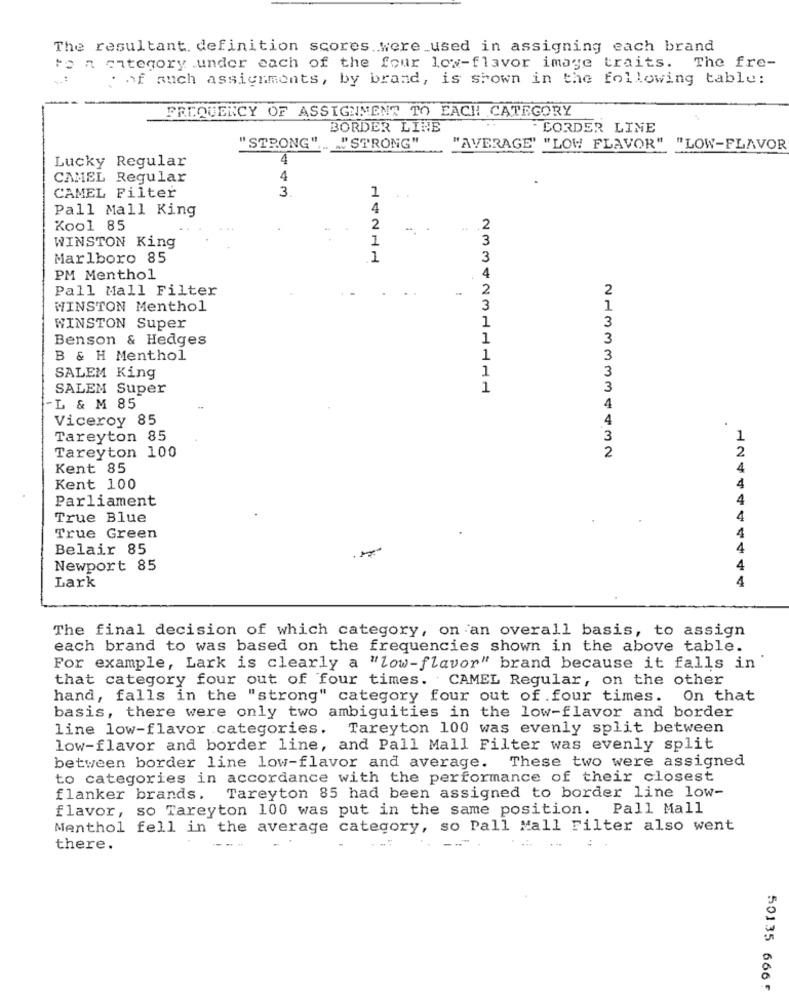
The resultant. definition scores were used in assigning each brand
to a category under each of the four low-flavor image traits. The fre-
*of such assignments, by brand, is shown in the following table:
FREQUENCY OF ASSIGNMENT TO EACH CATEGORY
BORDER LINE
BORDER LINE
"STRONG",
L'STRONG"
"AVERAGE' "LOW FLAVOR"
"LOW-FLAVOR
Lucky Regular
4
CAMEL Regular
4
CAMEL Filter
3
1
Pall Mall King
4
Kool 85
2
-.
2
1
3
WINSTON King
Marlboro 85
1
3
PM Menthol
Pall Mall Filter
2
WINSTON Menthol
3
1
3
WINSTON Super
1
Benson & Hedges
1
3
B & H Menthol
1
3
3
SALEM King
1
SALEM Super
1
3
-L & M 85
4
Viceroy 85
4
Tareyton 85
3
2
Tareyton 100
Kent 85
Kent 100
Parliament
True Blue
True Green
4
Belair 85
4
Newport 85
4
Lark
4
1244444444
The final decision of which category, on an overall basis, to assign
each brand to was based on the frequencies shown in the above table.
For example, Lark is clearly a "low-flavor" brand because it falls in
that category four out of four times. . CAMEL Regular, on the other
hand, falls in the "strong" category four out of four times. On that
basis, there were only two ambiguities in the low-flavor and border
line low-flavor categories. Tareyton 100 was evenly split between
low-flavor and border line, and Pall Mall Filter was evenly split
between border line low-flavor and average. These two were assigned
to categories in accordance with the performance of their closest
flanker brands. Tareyton 85 had been assigned to border line low-
flavor, so Tareyton 100 was put in the same position. Pall Mall
Menthol fell in the average category, so Pall Mall Filter also went
there.
50135 6665